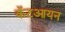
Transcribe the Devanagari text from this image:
कॅटआयन